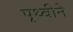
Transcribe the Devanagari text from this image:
पृथ्वीने